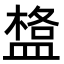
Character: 𥂌